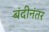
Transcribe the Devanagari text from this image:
बंदीनंतर